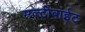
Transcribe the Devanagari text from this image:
मल्टीबाईट